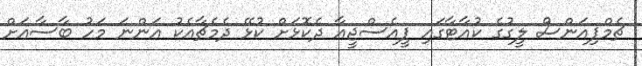
ޗެމްޕިއަންސް ލީގުގެ ކުއާޓާގައި ޕީއެސްޖީއާ ދެކޮޅަށް ކުޅޭ ދެމެޗާއެކު އަންނަ މަހު ބާސާއަށް